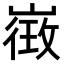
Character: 𭗓